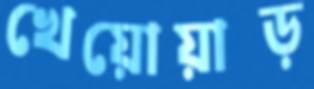
খেয়োয়াড়